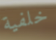
خلفية